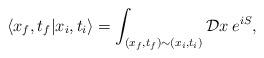
LaTeX: \begin{align*}\langle x_{f},t_{f} | x_{i},t_{i} \rangle = \int_{(x_{f},t_{f}) \sim (x_{i},t_{i})} {\cal D}x \hspace{1mm} e^{iS}, \end{align*}